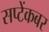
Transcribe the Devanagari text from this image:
सप्टेंकबर